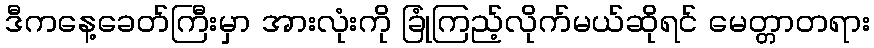
ဒီကနေ့ခေတ်ကြီးမှာ အားလုံးကို ခြုံကြည့်လိုက်မယ်ဆိုရင် မေတ္တာတရား